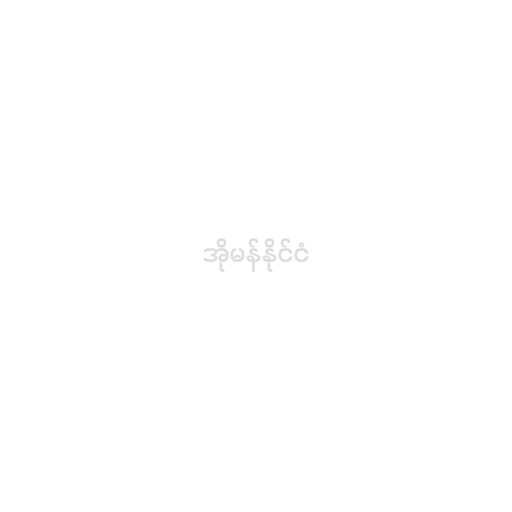
အိုမန်နိုင်ငံ